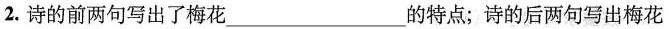
2.诗的前两句写出了梅花___的特点；诗的后两句写出梅花